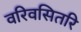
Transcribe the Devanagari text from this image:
वरिवसितरि